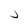
Character: J